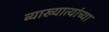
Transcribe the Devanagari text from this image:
व्याख्यात्यांच्या